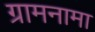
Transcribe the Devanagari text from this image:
ग्रामनामा